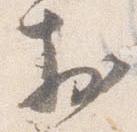
於